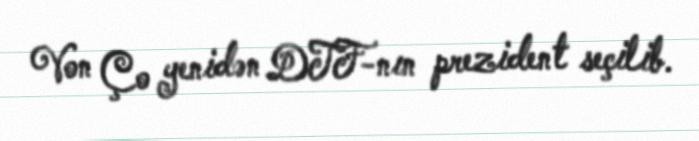
Von Ço yenidən DTF-nın prezident seçilib.